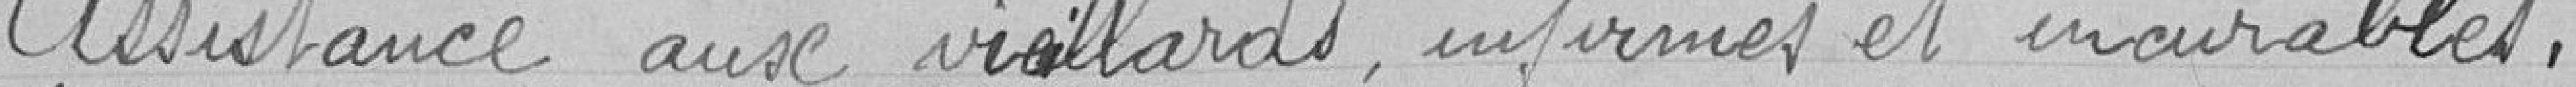
Assistance aux vieillards infirmes et incurables .